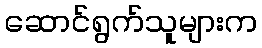
ဆောင်ရွက်သူများက